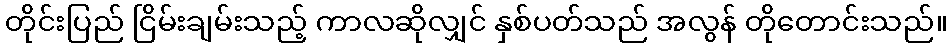
တိုင်းပြည် ငြိမ်းချမ်းသည့် ကာလဆိုလျှင် နှစ်ပတ်သည် အလွန် တိုတောင်းသည်။